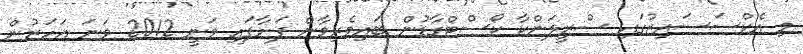
މި އެކްސަސައިޒުގައި ސްރީލަންކާ ކޯސްޓްގާޑުން ބައިވެރިވާން ފަށާފައި ވަނީ 2012 ވަނަ އަހަރުން